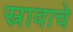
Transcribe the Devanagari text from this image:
स्रावाचे